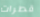
قطرات